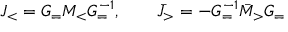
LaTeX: J _ { < } = G _ { = } M _ { < } G _ { = } ^ { - 1 } , ~ ~ ~ ~ ~ ~ \bar { J } _ { > } = - G _ { = } ^ { - 1 } \bar { M } _ { > } G _ { = }